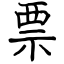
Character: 票